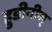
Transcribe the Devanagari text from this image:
हुडीनीस्